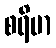
စရိမာ